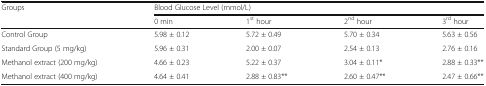
| <ROWSPAN=2> Groups | <COLSPAN=4> Blood Glucose Level (mmol/L) |
 | 0 min | 1st hour | 2nd hour | 3rd hour |
 | --- | --- | --- | --- | --- |
 | Control Group | 5.98 ± 0.12 | 5.72 ± 0.49 | 5.70 ± 0.34 | 5.63 ± 0.56 |
 | Standard Group (5 mg/kg) | 5.96 ± 0.31 | 2.00 ± 0.07 | 2.54 ± 0.13 | 2.76 ± 0.16 |
 | Methanol extract (200 mg/kg) | 4.66 ± 0.23 | 5.22 ± 0.37 | 3.04 ± 0.11* | 2.88 ± 0.33** |
 | Methanol extract (400 mg/kg) | 4.64 ± 0.41 | 2.88 ± 0.83** | 2.60 ± 0.47** | 2.47 ± 0.66** |